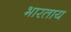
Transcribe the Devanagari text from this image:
भारताय